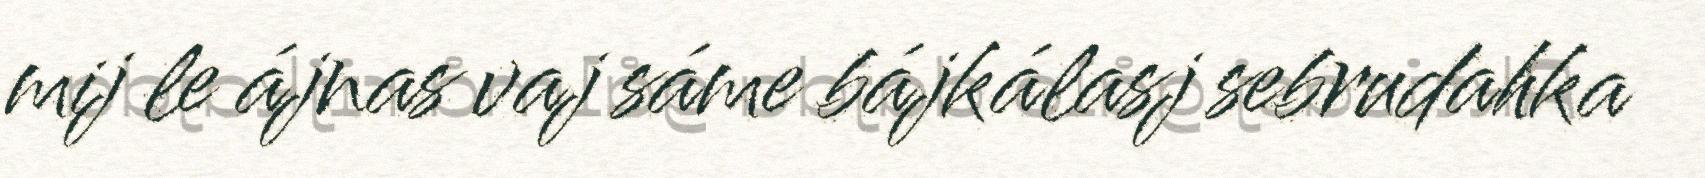
mij le ájnas vaj sáme bájkálasj sebrudahka